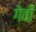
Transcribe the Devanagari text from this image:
गेवी